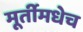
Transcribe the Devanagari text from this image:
मूर्तीमधेच